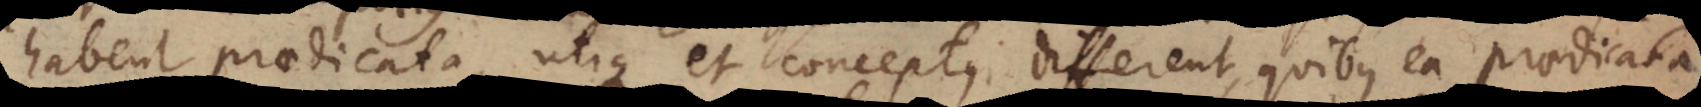
habent praedicata, utique et conceptus different, quibus ea praedicata